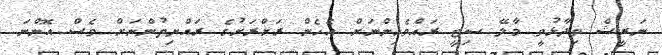
ނަރީޝް ވިދާޅުވީ މާލޭ ސިޓީ ރައްވެހިންނަށް އެހެން ރަށްރަށުގެ ރައްޔިތުންނަށް ވެސް އޮންނަ